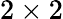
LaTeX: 2\times 2